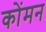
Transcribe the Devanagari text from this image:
कोंमन